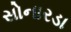
સોનારડા